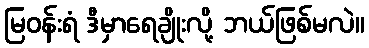
မြဝန်းရံ ဒီမှာရေချိုးလို့ ဘယ်ဖြစ်မလဲ။